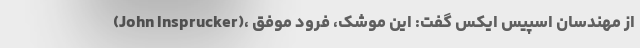
(John Insprucker)، از مهندسان اسپیس ایکس گفت: این موشک، فرود موفق